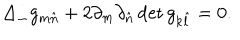
LaTeX: \Delta _ { \perp } g _ { m \hat { n } } + 2 \partial _ { m } \partial _ { \hat { n } } \det g _ { k \hat { l } } = 0 .